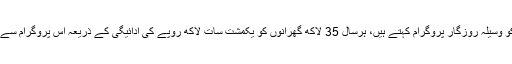
جبکہ دوسرے مرحلے میں ، جس کو وسیلہ روزگار پروگرام کہتے ہیں، ہرسال 35 لاکھ گھرانوں کو یکمشت سات لاکھ روپے کی ادائیگی کے ذریعہ اس پروگرام سے باہر کیا جاتا ہے اور کیا جارہا تھا۔